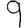
Digit: 9